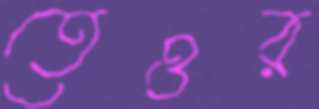
তেওর